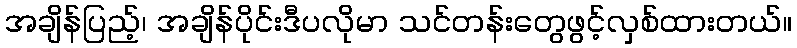
အချိန်ပြည့်၊ အချိန်ပိုင်းဒီပလိုမာ သင်တန်းတွေဖွင့်လှစ်ထားတယ်။